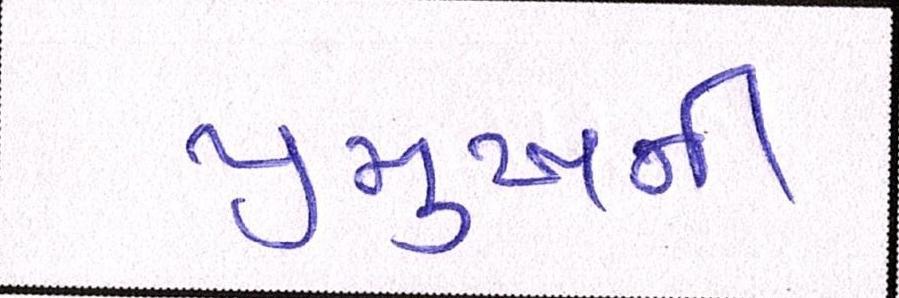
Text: પ્રમુખની